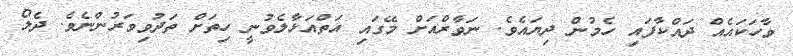
ވާހަކައެއް ދައްކާފައި ހެމުން ދިޔައެވެ. ނަވާރްއަށް މޭގައި އަތްއަޅާލެވުނީ ހިތަށް ތަދުވިވަރުންނެވެ. ދެލޯ